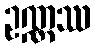
ဥဏ္ဏဿ